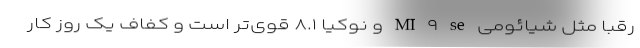
رقبا مثل شیائومی MI ۹ se و نوکیا ۸.۱ قوی‌تر است و کفاف یک روز کار